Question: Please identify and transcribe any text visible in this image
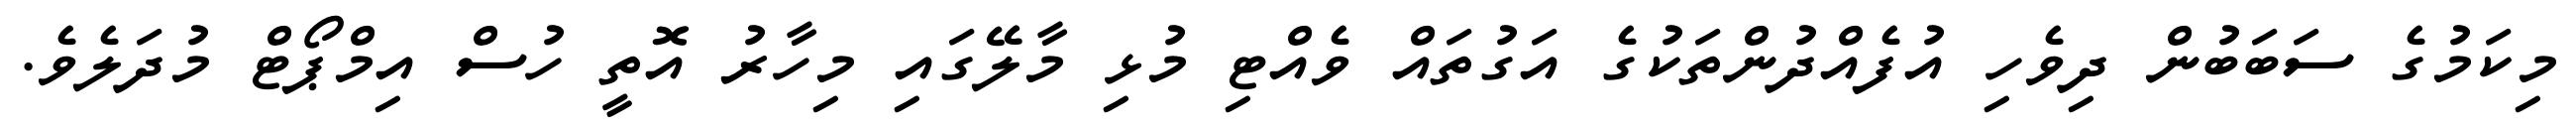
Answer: މިކަމުގެ ސަބަބުން ދިވެހި އުފެއްދުންތަކުގެ އަގުތައް ވެއްޓި މުޅި މާލޭގައި މިހާރު އޮތީ ހުސް އިމްޕޯޓް މުދަލެވެ.